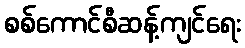
စစ်ကောင်စီဆန့်ကျင်ရေး